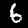
Digit: 6